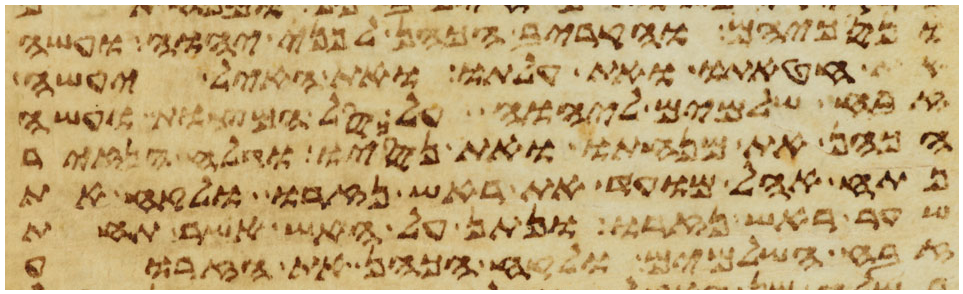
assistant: ונסכיהם והקריב הכהן לפני יהוה ועשה
את חטאתו ואת עלתו ואת האיל יעשה
זבח שלמים ליהוה על סל המצות ועשה
הכהן את מנחתו ואת נסכו וגלח הנזיר
פתח אהל מועד את ראש נזרו ולקח את
שער ראש נזרו ונתן על האש אשר תחת
זבח השלמים ולקח הכהן את הזרוע